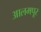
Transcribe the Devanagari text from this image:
आलमपूर